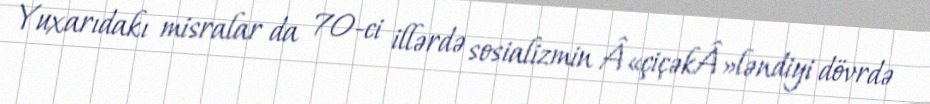
Yuxarıdakı misralar da 70-ci illərdə sosializmin Â«çiçəkÂ»ləndiyi dövrdə